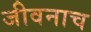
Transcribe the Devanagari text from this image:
जीवनाच